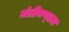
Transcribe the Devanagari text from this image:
मंत्रीमण्‍डल